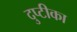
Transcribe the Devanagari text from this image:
दुप्टीका